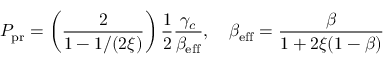
P _ { \mathrm { p r } } = \left( \frac { 2 } { 1 - 1 / ( 2 \xi ) } \right) \frac { 1 } { 2 } \frac { \gamma _ { c } } { \beta _ { \mathrm { e f f } } } , \ \ \ \beta _ { \mathrm { e f f } } = \frac { \beta } { 1 + 2 \xi ( 1 - \beta ) }